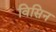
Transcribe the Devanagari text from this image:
विसिन